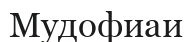
Мудофиаи